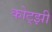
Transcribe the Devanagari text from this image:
कोट्झी